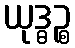
ယုဒ္ဓဉ္စ